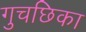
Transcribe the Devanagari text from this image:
गुचछिका